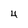
Character: 4